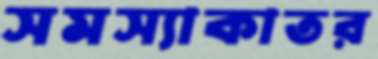
সমস্যাকাতর